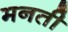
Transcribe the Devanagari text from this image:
मनती